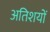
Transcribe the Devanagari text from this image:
अतिशयों